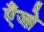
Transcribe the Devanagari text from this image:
एँजो